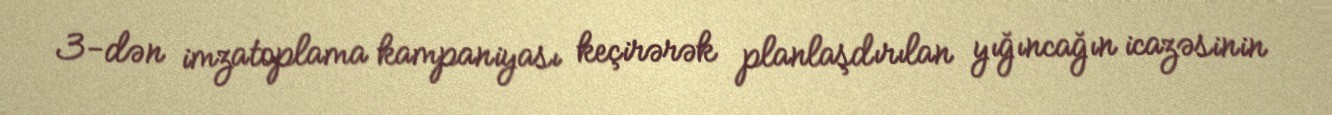
3-dən imzatoplama kampaniyası keçirərək planlaşdırılan yığıncağın icazəsinin